Indian Medical Review
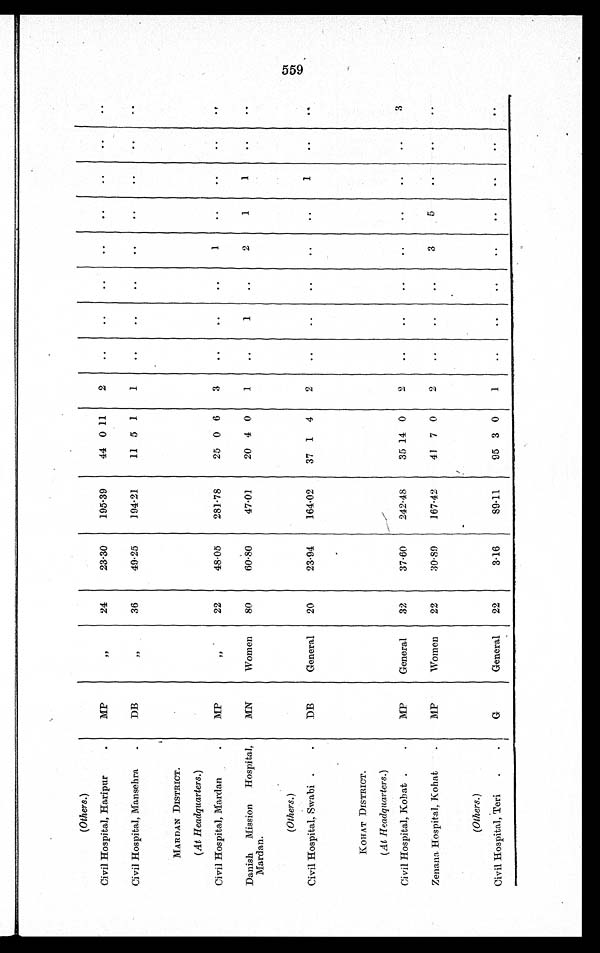
(Others.)
Civil Hospital, Haripur
MP
„
24
23.30
195.39
44 0 11
2
Civil Hospital, Mansehra
DB
„
36
49.25
194.21
11 5 1
1
M A R D A N D I S T R I C T .
(At Headquarters.)
Civil Hospital, Mardan
MP
„
22
48.05
281.78
25 0 6
3
1
Danish Mission Hospital,
Mardan.
MN
Women
80
60.80
47.01
20 4 0
1
1
2
1
1
(Others.)
Civil Hospital, Swabi
DB
General
20
23.94
164.02
37 1 4
2
1
KOHAT DISTRICT.
(At Headquarters.)
Civil Hospital, Kohat
MP
General
32
37.60
242.48
35 14 0
2
3
Zenana Hospital, Kohat
MP
Women
22
30.89
167.42
41 7 0
2
3
5
(Others.)
Civil Hospital, Teri
G
General
22
3.16
89.11
95 3 0
1